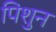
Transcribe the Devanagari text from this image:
पिशुन